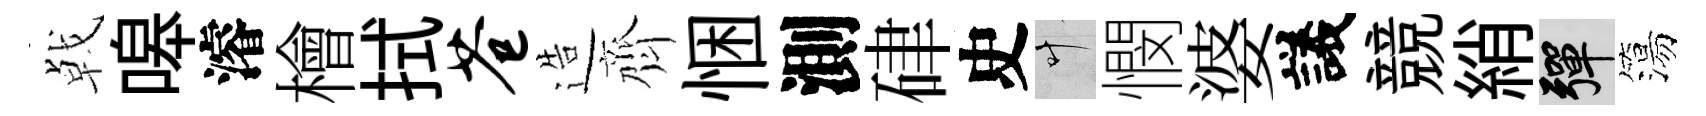
㦸嗥濬檜拭苍造齊悃測硉史叶憫婆議競綃彈簜